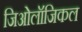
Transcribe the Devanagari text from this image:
जिओलॉजिकल